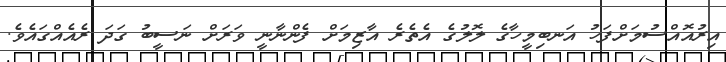
އިރުއޮއްސުމަށްފަހު އަނބިމީހާގެ ލޮލުގެ އެތެރެ އާޒިމަށް ފެންނާނީ ވަރަށް ނަސީބު ގަދަ ރެއެއްގައެވެ.